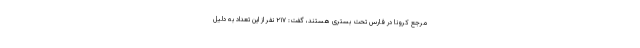
مرجع کرونا در فارس تحت بستری هستند، گفت: ٢١٧ نفر از این تعداد به دلیل